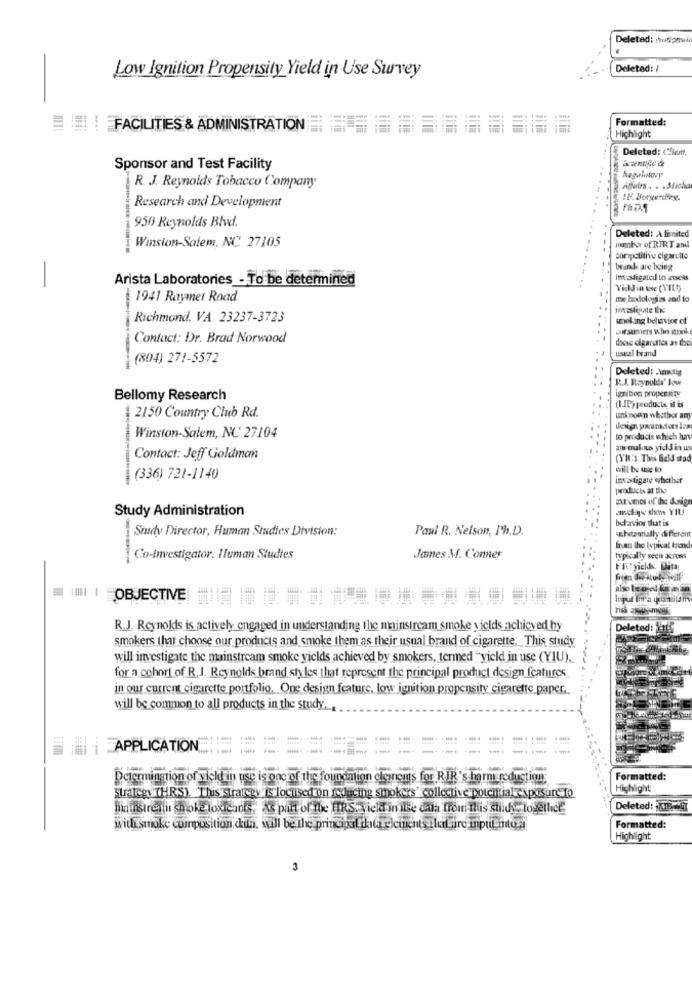
Deleted: usomi
Deleted: /
Low Ignition Propensity Yield in Use Survey
Formatted:
FACILITIES & ADMINISTRATION
Highlight
Deleted: Client,
Sponsor and Test Facility
Regaltovy
R. J. Reynolds Tobacco Company
Afetrs . . . Sticha
Research and Development
Fi D.1
950 Reynolds Blvd.
Winston-Salem, NC 27105
Deleted: A limited
minbor of RIRT and
coripctitive cigarclio
brands are being
Arista Laboratories - To be determined
Inasdigated In zecks
-
Vidd in ene (VIL!)
1941 Raymer Road
me hodologias and to
investigate the
Richmond. VA 23237-3723
sooking behavior of
Suitsumiers who stook
Contact: Dr. Brad Norwood
these cigarettes as the
useal brand
(804) 271-5572
Deleted: . WIRng
R.J. Reynolds' bow
ignition proper Rity
Bellomy Research
(IP) products, it is
2150 Country Club Rd.
unknown whether am
Winston-Salem, NC 27104
to products which hav
an malous yida in us
Contact: Jeff Goldman
(YIL'3. This field stad
will be weg to
(336) 721-1140
invatigate whether
products at the
auf vimos of the design
Study Administration
muy shon YIL
behavior that is
Study Director, Human Studies Division:
Paul R. Nelson, Ph.D.
uchetantially di fferom
fran the typical frend
Co-investigator. Iluman Studies
James M. Conner
typically seen across
FR:yields. Data
# | OBJECTNE =======
R.J. Reynolds is actively engaged in understanding the mainstream smoke yields achieved by
Deleted: X115
smokers that choose our products and smoke them as their usual brand of cigarette. This study
will investigate the mainstream smoke yields achieved by smokers, termed "yield in use (YIU).
for a cohort of R. J. Reynolds brand styles that represent the principal product design features
in our current cigarette portfolio, One design feature, low ignition propensity cigarette paper.
will be common to all products in the study.
¡ ¡ APPLICATION
--
Determination of yield in use is one of the foundation cleancas for RIR's harm reduction:
Formatted:
Highlight
Strategy THRS). This strategy is focused on reducing smokers' collective potential exposure to
Buainsiren in smoke losleads, As part of the HIRS. yield in ise data from this stids together
Deleted: KTB-T
with smoke composition detta, will be the principal datare cients ilutare mput mutua
Formatted:
Highlight
3